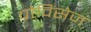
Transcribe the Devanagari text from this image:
प्रोविंसेज